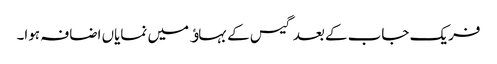
فریک جاب کے بعد گیس کے بہاﺅ میں نمایاں اضافہ ہوا۔